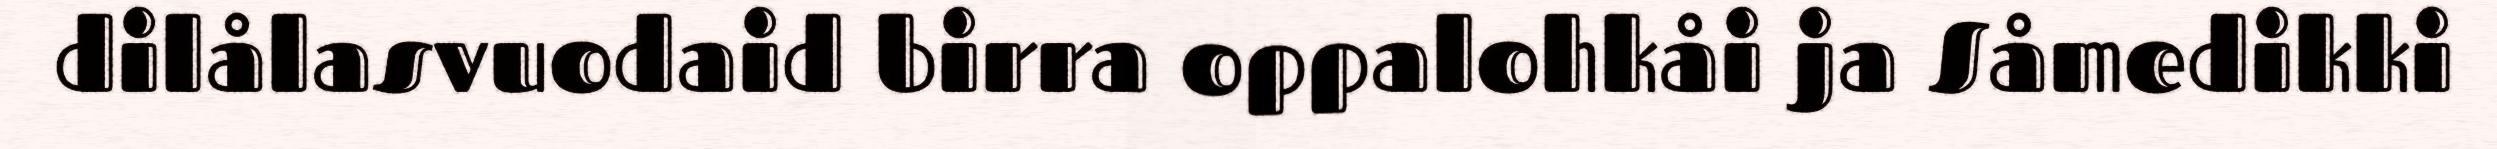
dilålasvuodaid birra oppalohkåi ja Såmedikki